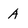
Character: A